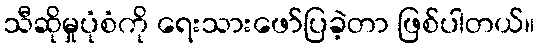
သီဆိုမှုပုံစံကို ရေးသားဖော်ပြခဲ့တာ ဖြစ်ပါတယ်။